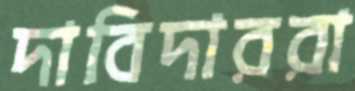
দাবিদাররা